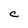
Character: C